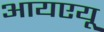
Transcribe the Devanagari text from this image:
आयएयू